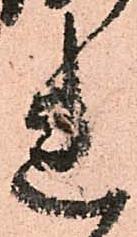
れ